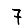
Digit: 7